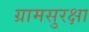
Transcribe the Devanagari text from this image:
ग्रामसुरक्षा